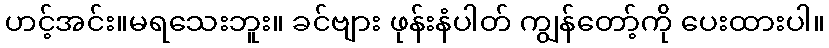
ဟင့်အင်း။မရသေးဘူး။ ခင်ဗျား ဖုန်းနံပါတ် ကျွန်တော့်ကို ပေးထားပါ။